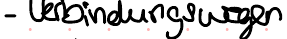
- Verbindungswegen